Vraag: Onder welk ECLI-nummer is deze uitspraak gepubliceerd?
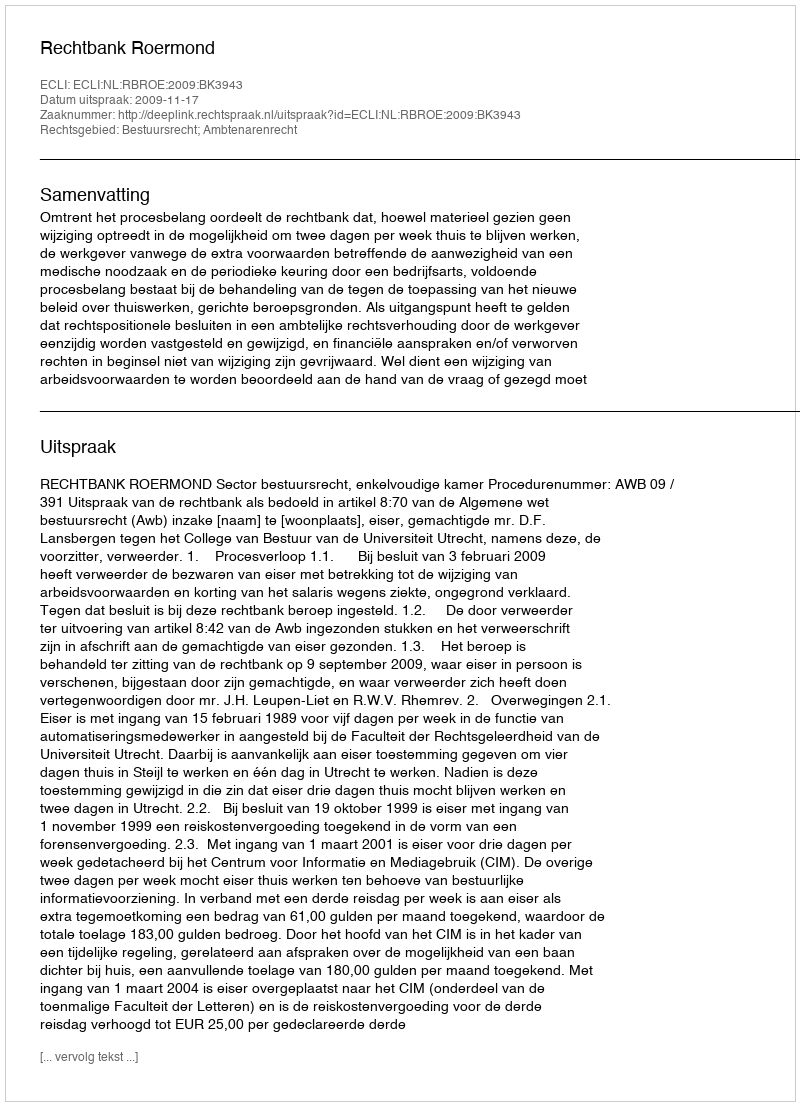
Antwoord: ECLI:NL:RBROE:2009:BK3943